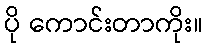
ပို ကောင်းတာကိုး။